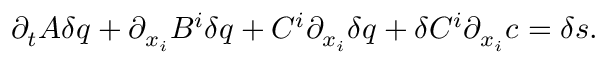
\begin{array} { r } { \partial _ { t } A \delta q + \partial _ { x _ { i } } B ^ { i } \delta q + C ^ { i } \partial _ { x _ { i } } \delta q + \delta C ^ { i } \partial _ { x _ { i } } c = \delta s . } \end{array}